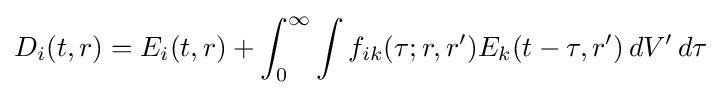
D_{i}(t,r)=E_{i}(t,r)+\int _{0}^{\infty }\int f_{ik}(\tau ;r,r')E_{k}(t-\tau ,r')\,dV'\,d\tau